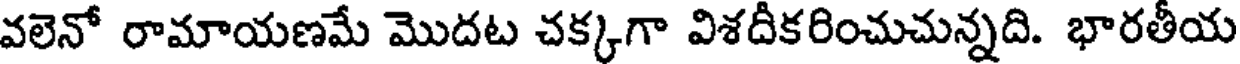
వలెనో రామాయణమే మొదట చక్కగా విశదీకరించుచున్నది. భారతీయ